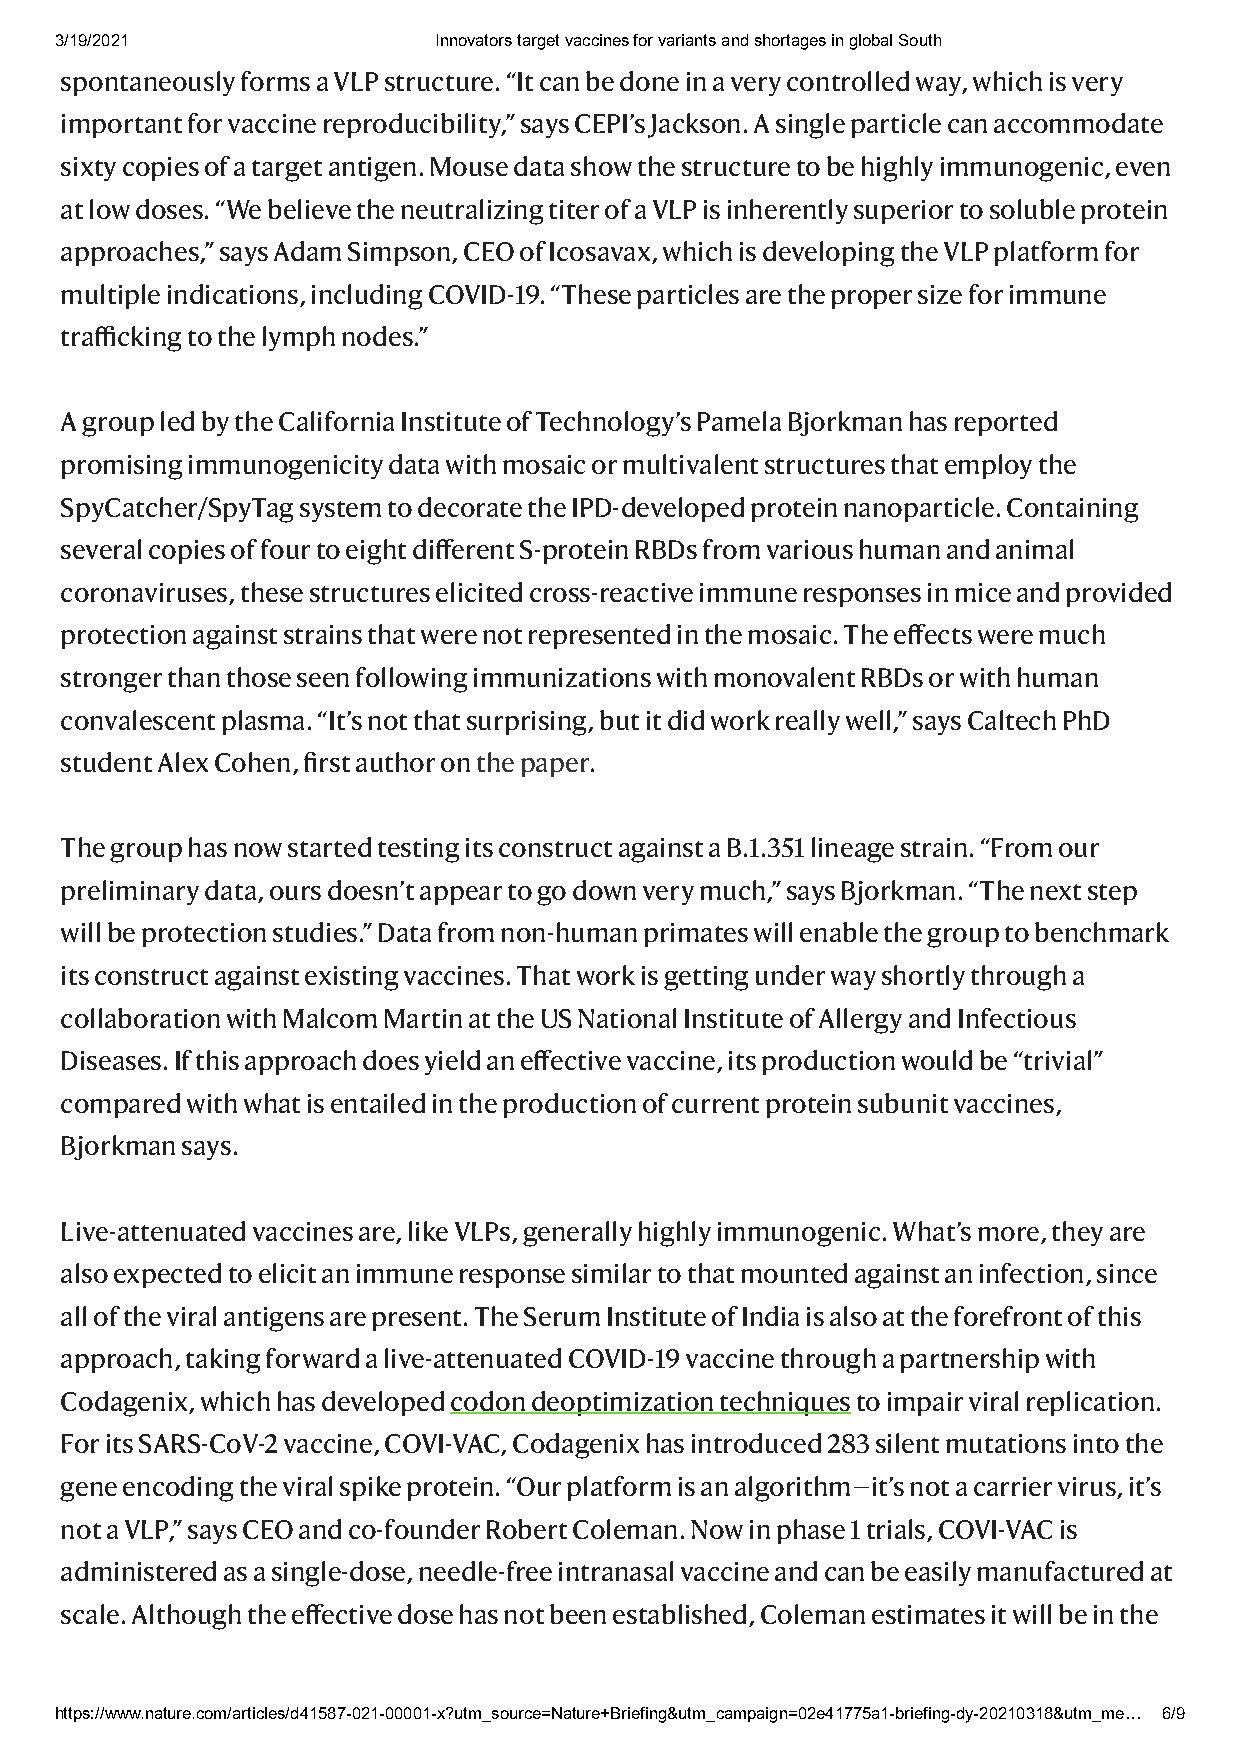
3/19/2021                Innovators target vaccines for variants and shortages in global South
 spontaneously forms a VLP structure. “It can be done in a very controlled way, which is very
 important for vaccine reproducibility,” says CEPI’s Jackson. A single particle can accommodate
 sixty copies of a target antigen. Mouse data show the structure to be highly immunogenic, even
 at low doses. “We believe the neutralizing titer of a VLP is inherently superior to soluble protein
 approaches,” says Adam Simpson, CEO of Icosavax, which is developing the VLP platform for
 multiple indications, including COVID-19. “These particles are the proper size for immune
 trafficking to the lymph nodes.”
 A group led by the California Institute of Technology’s Pamela Bjorkman has reported
 promising immunogenicity data with mosaic or multivalent structures that employ the
 SpyCatcher/SpyTag system to decorate the IPD-developed protein nanoparticle. Containing
 several copies of four to eight different S-protein RBDs from various human and animal
 coronaviruses, these structures elicited cross-reactive immune responses in mice and provided
 protection against strains that were not represented in the mosaic. The effects were much
 stronger than those seen following immunizations with monovalent RBDs or with human
 convalescent plasma. “It’s not that surprising, but it did work really well,” says Caltech PhD
 student Alex Cohen, first author on the paper.
 The group has now started testing its construct against a B.1.351 lineage strain. “From our
 preliminary data, ours doesn’t appear to go down very much,” says Bjorkman. “The next step
 will be protection studies.” Data from non-human primates will enable the group to benchmark
 its construct against existing vaccines. That work is getting under way shortly through a
 collaboration with Malcom Martin at the US National Institute of Allergy and Infectious
 Diseases. If this approach does yield an effective vaccine, its production would be “trivial”
 compared with what is entailed in the production of current protein subunit vaccines,
 Bjorkman says.
 Live-attenuated vaccines are, like VLPs, generally highly immunogenic. What’s more, they are
 also expected to elicit an immune response similar to that mounted against an infection, since
 all of the viral antigens are present. The Serum Institute of India is also at the forefront of this
 approach, taking forward a live-attenuated COVID-19 vaccine through a partnership with
 Codagenix, which has developed codon deoptimization techniques to impair viral replication.
 For its SARS-CoV-2 vaccine, COVI-VAC, Codagenix has introduced 283 silent mutations into the
 gene encoding the viral spike protein. “Our platform is an algorithm—it’s not a carrier virus, it’s
 not a VLP,” says CEO and co-founder Robert Coleman. Now in phase 1 trials, COVI-VAC is
 administered as a single-dose, needle-free intranasal vaccine and can be easily manufactured at
 scale. Although the effective dose has not been established, Coleman estimates it will be in the
 https://www.nature.com/articles/d41587-021-00001-x?utm_source=Nature+Briefing&utm_campaign=02e41775a1-briefing-dy-20210318&utm_me… 6/9